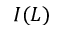
I ( L )